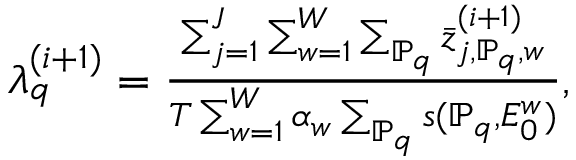
\begin{array} { r } { \lambda _ { q } ^ { ( i + 1 ) } = \frac { \sum _ { j = 1 } ^ { J } \sum _ { w = 1 } ^ { W } \sum _ { \mathbb { P } _ { q } } \bar { z } _ { j , \mathbb { P } _ { q } , w } ^ { ( i + 1 ) } } { T \sum _ { w = 1 } ^ { W } \alpha _ { w } \sum _ { \mathbb { P } _ { q } } s ( \mathbb { P } _ { q } , E _ { 0 } ^ { w } ) } , } \end{array}